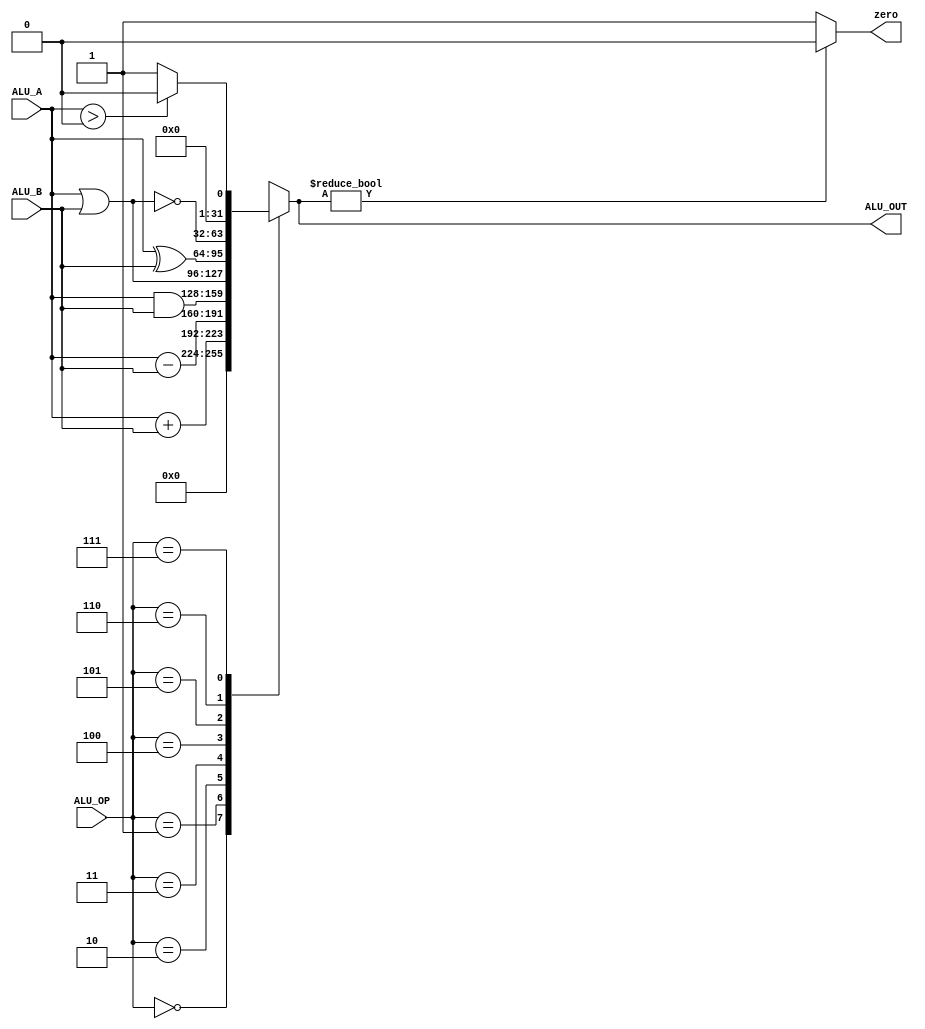
`timescale 1ns / 1ps
//////////////////////////////////////////////////////////////////////////////////
// Company: 
// Engineer: 
// 
// Design Name: 
// Module Name:    ALU 
// Project Name: 
// Target Devices: 
// Tool versions: 
// Description: 
//
// Dependencies: 
//
// Revision: 
// Revision 0.01 - File Created
// Additional Comments: 
//
//////////////////////////////////////////////////////////////////////////////////
module ALU(
input	signed	[31:0]	ALU_A,		//A
input	signed	[31:0]	ALU_B,		//B
input			[2:0]	ALU_OP,		//
output	reg		[31:0]	ALU_OUT,	//
output	reg				zero		//0
    );

parameter	A_NOP	= 3'h0;			//
parameter	A_ADD	= 3'h1;			//
parameter	A_SUB	= 3'h2;			//
parameter	A_AND	= 3'h3;			//
parameter	A_OR	= 3'h4;			//
parameter	A_XOR	= 3'h5;			//
parameter	A_NOR	= 3'h6;			//
parameter	BGTZ	= 3'b111;


always@(*)
begin
	case(ALU_OP)
		A_NOP:		ALU_OUT = 32'h0;
		A_ADD:		ALU_OUT = ALU_A + ALU_B;
		A_SUB:		ALU_OUT = ALU_A - ALU_B;
		A_AND:		ALU_OUT = ALU_A & ALU_B;
		A_OR:		ALU_OUT = ALU_A | ALU_B;
		A_XOR:		ALU_OUT = ALU_A ^ ALU_B;
		A_NOR:		ALU_OUT = ~(ALU_A | ALU_B);
		BGTZ:		ALU_OUT = (ALU_A > 0) ? 32'h0 : 32'h1;
		default: 	ALU_OUT = 32'h0;
	endcase
end

always@(*)
begin
	zero = ALU_OUT ? 0 : 1;		// ALU_OUT  zero  0 1
end

endmodule